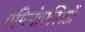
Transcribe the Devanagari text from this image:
एमिनोएसिडों